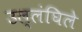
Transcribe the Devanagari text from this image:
उल्लंघिले